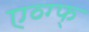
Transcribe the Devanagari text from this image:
एव्ग्फ्